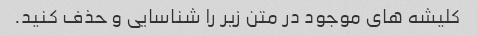
کلیشه های موجود در متن زیر را شناسایی و حذف کنید.